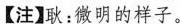
【注】耿：微明的样子。